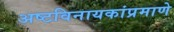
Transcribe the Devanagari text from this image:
अष्टविनायकांप्रमाणे